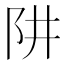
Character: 阱